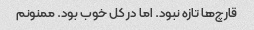
قارچ‌ها تازه نبود. اما در کل خوب بود. ممنونم